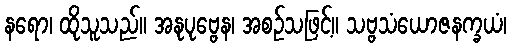
နရော၊ ထိုသူသည်။ အနုပုဗ္ဗေန၊ အစဉ်သဖြင့်။ သဗ္ဗသံယောဇနက္ခယံ၊